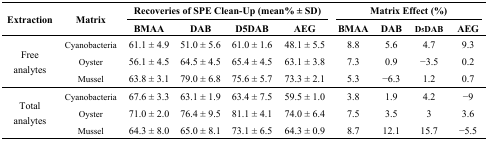
<table><thead><tr><td rowspan="2"><b>Extraction</b></td><td rowspan="2"><b>Matrix</b></td><td colspan="4"><b>Recoveries of SPE Clean-Up (mean% ± SD)</b></td><td colspan="4"><b>Matrix Effect (%)</b></td></tr><tr><td><b>BMAA</b></td><td><b>DAB</b></td><td><b>D5DAB</b></td><td><b>AEG</b></td><td><b>BMAA</b></td><td><b>DAB</b></td><td><b>D<sub>5</sub>DAB</b></td><td><b>AEG</b></td></tr></thead><tbody><tr><td rowspan="3">Free analytes</td><td>Cyanobacteria</td><td>61.1 ± 4.9</td><td>51.0 ± 5.6</td><td>61.0 ± 1.6</td><td>48.1 ± 5.5</td><td>8.8</td><td>5.6</td><td>4.7</td><td>9.3</td></tr><tr><td>Oyster</td><td>56.1 ± 4.5</td><td>64.5 ± 4.5</td><td>65.4 ± 4.5</td><td>63.1 ± 3.8</td><td>7.3</td><td>0.9</td><td>−3.5</td><td>0.2</td></tr><tr><td>Mussel</td><td>63.8 ± 3.1</td><td>79.0 ± 6.8</td><td>75.6 ± 5.7</td><td>73.3 ± 2.1</td><td>5.3</td><td>−6.3</td><td>1.2</td><td>0.7</td></tr><tr><td rowspan="3">Total analytes</td><td>Cyanobacteria</td><td>67.6 ± 3.3</td><td>63.1 ± 1.9</td><td>63.4 ± 7.5</td><td>59.5 ± 1.0</td><td>3.8</td><td>1.9</td><td>4.2</td><td>−9</td></tr><tr><td>Oyster</td><td>71.0 ± 2.0</td><td>76.4 ± 9.5</td><td>81.1 ± 4.1</td><td>74.0 ± 6.4</td><td>7.5</td><td>3.5</td><td>3</td><td>3.6</td></tr><tr><td>Mussel</td><td>64.3 ± 8.0</td><td>65.0 ± 8.1</td><td>73.1 ± 6.5</td><td>64.3 ± 0.9</td><td>8.7</td><td>12.1</td><td>15.7</td><td>−5.5</td></tr></tbody></table>